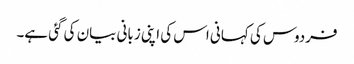
فردوس کی کہانی اس کی اپنی زبانی بیان کی گئی ہے۔